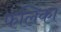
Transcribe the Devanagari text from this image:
फलिका